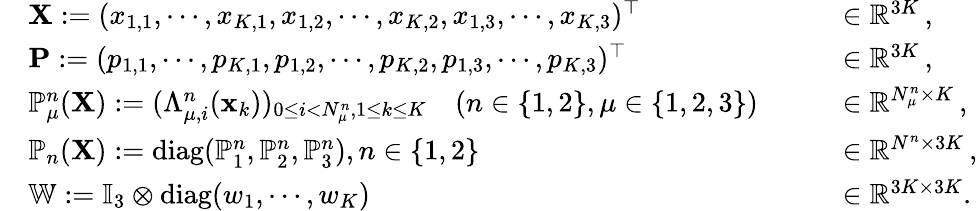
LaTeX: \begin{array}{rlrl}&{{\mathbf X}:=(x_{1,1},\cdots,x_{K,1},x_{1,2},\cdots,x_{K,2},x_{1,3},\cdots,x_{K,3})^{\top}\quad}&&{\in\mathbb{R}^{3K}\, ,}\\ &{{\mathbf P}:=(p_{1,1},\cdots,p_{K,1},p_{1,2},\cdots,p_{K,2},p_{1,3},\cdots,p_{K,3})^{\top}\quad}&&{\in\mathbb{R}^{3K}\, ,}\\ &{\mathbb{P}_{\mu}^{n}({\mathbf X}):=(\Lambda_{\mu,i}^{n}({\mathbf x}_{k}))_{0\le i<N_{\mu}^{n},1\le k\le K}\quad(n\in\{ 1,2\} ,\mu\in\{ 1,2,3\} )\quad}&&{\in\mathbb{R}^{N_{\mu}^{n}\times K}\, ,}\\ &{\mathbb{P}_{n}({\mathbf X}):=\mathrm{diag}(\mathbb{P}_{1}^{n},\mathbb{P}_{2}^{n},\mathbb{P}_{3}^{n}),n\in\{ 1,2\} \quad}&&{\in\mathbb{R}^{N^{n}\times 3K}\, ,}\\ &{\mathbb{W}:=\mathbb{I}_{3}\otimes\mathrm{diag}(w_{1},\cdots,w_{K})\quad}&&{\in\mathbb{R}^{3K\times 3K}.}\end{array}